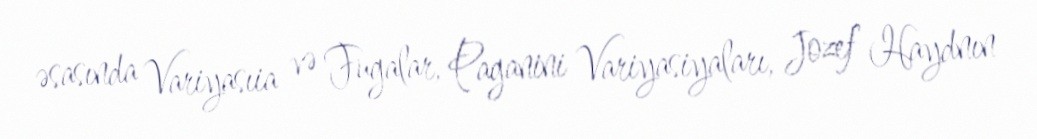
əsasında Variyasıia və Fugalar, Paganini Variyasiyaları, Jozef Haydnın